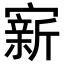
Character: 𪧭